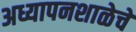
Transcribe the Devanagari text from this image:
अध्यापनशाळेचे